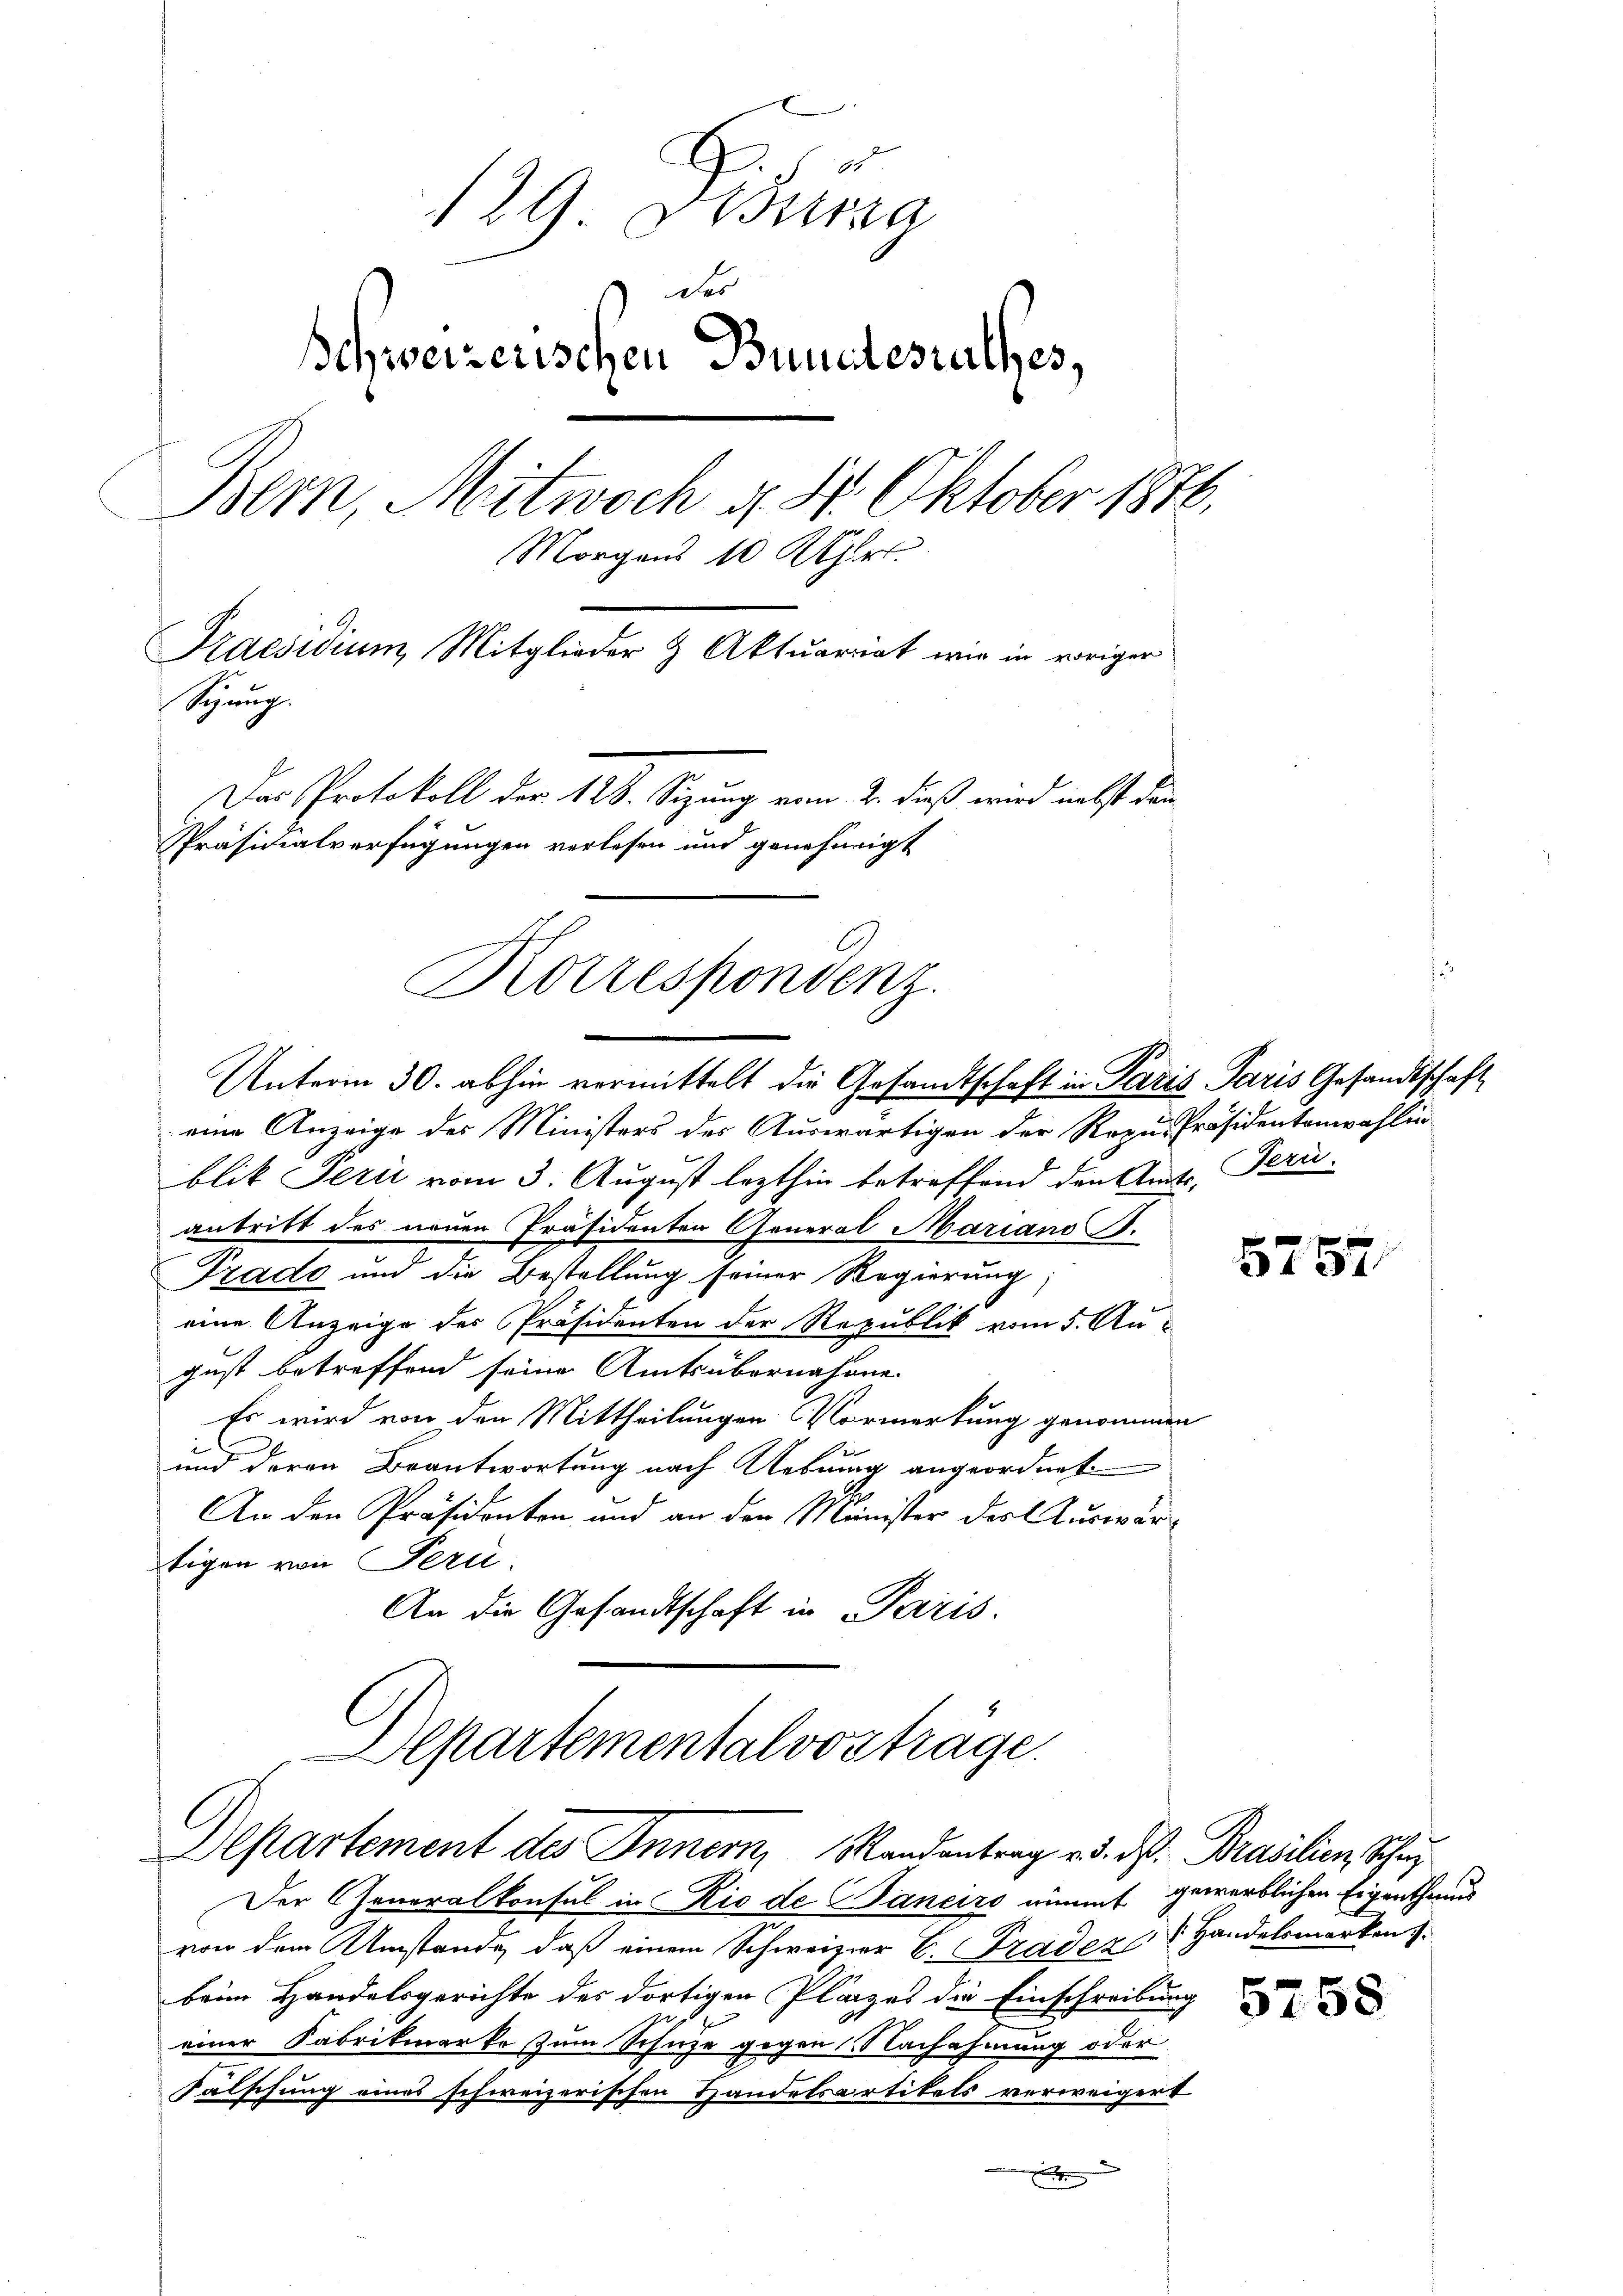
.
129 desstra
Das
schweizerischen Bundesrathes,
Bern, Mitwoch d. 4. Oktober 1876.
Morgens 10 Uhr.
Praesidium, Mitglieder & Aktuariat wie in voriger
Sizung.
Das Protokoll der 128. Sizung vom 2. daß wird nebst den
Präsidialverfügungen verlesen und genehmigt

eine Anzeige des Ministers des Auswärtigen der Rezu-Präsidentenwahlin
blik Perii vom 3. August lezthin betreffend den Amts-Peru-
antritt des neuen Präsidenten General Mariano.
Prado und die Bestellung seiner Regierung
eine Anzeige des Präsidenten der Republik vom 5. Au-
gust betreffend seine Amtsübernahme
Es wird von den Mittheilungen Vormerkung genommen
und deren Beantwortung nach Uebung angeordnet.
An den Präsidenten, und an den Minister des Auswärtigen von Peri
An die Gesandtschaft in Paris.
Departementalvosträge.

Korrespondenz.
Unterm 30. abhin vermittelt die Gesandtschaft in Paris Paris Gesandtschaft

Departement des Innern, Randantrag v. d. d. Brasilien Schu

Der Generalkonsul in Rio de aneiro einmut gewerblichen Eigenthums
von dem Umstände, daß einem Schweizer C. Prader Handelsmarken
beim Handelsgerichte des dortigen Plazes die Einschreibung
einer Fabrikmerke zum Schuhe gegen Nachahmung oder
Falschung eines schweizerischen Handelsartikels verweigert
s

5757

5758